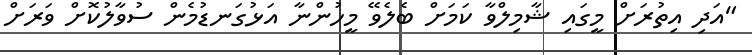
"އަދި އިތުރަށް މީގައި ޝާމިލްވާ ކަމަށް ބެލެވޭ މީހުންނާ އަޅުގަނޑުމެން ސުވާލުކޮށް ވަރަށް